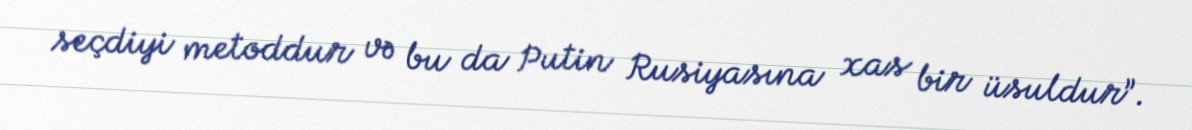
seçdiyi metoddur və bu da Putin Rusiyasına xas bir üsuldur”.